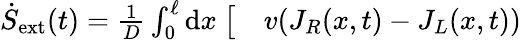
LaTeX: \begin{array}{rl}{\dot{S}_{\mathrm{ext}}(t)=\frac{1}{D}\int_{0}^{\ell}\mathrm{d}x~\big[}&{{}v(J_{R}(x,t)-J_{L}(x,t))}\end{array}